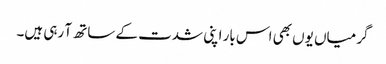
گرمیاں یوں بھی اس بار اپنی شدت کے ساتھ آ رہی ہیں۔